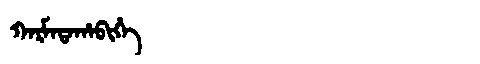
Manchu: ᡴᠠᡵᠮᠠᡨᠠᡥᠠᠪᡳᡥᡝ
Romanization: KARMATAHABIHE